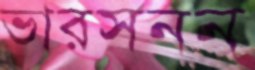
ভারসনন